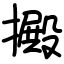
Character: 㩔